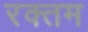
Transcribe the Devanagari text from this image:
रक्तम